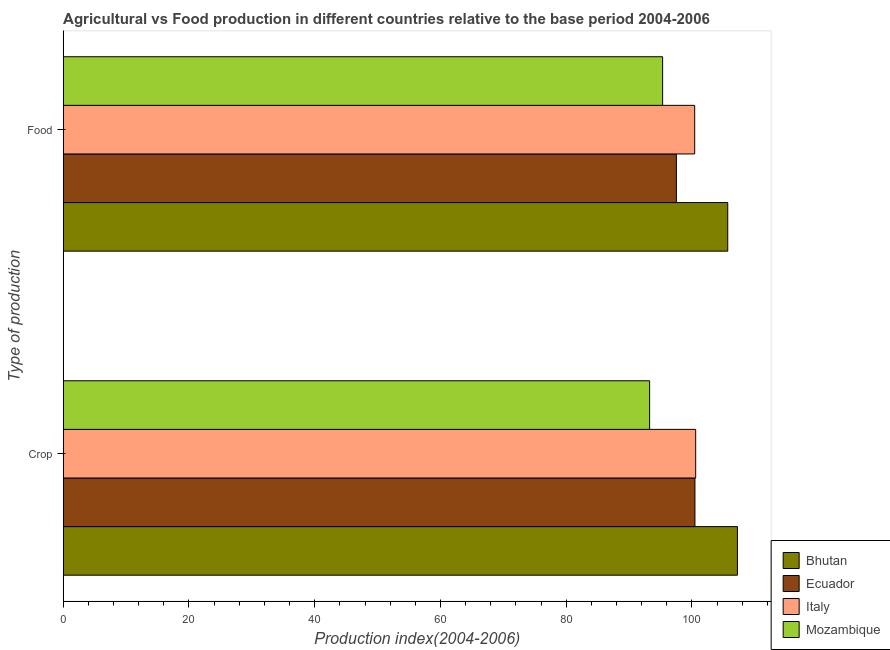
| Type of production | Bhutan | Ecuador | Italy | Mozambique |
 | --- | --- | --- | --- | --- |
 | Crop | 107 | 100 | 101 | 93.3 |
 | Food | 106 | 97.5 | 100 | 95.3 |